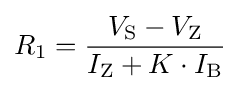
R_{\text{1}}={\frac {V_{\text{S}}-V_{\text{Z}}}{I_{\text{Z}}+K\cdot I_{\text{B}}}}